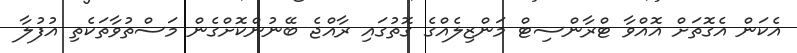
އެކަން އެގޮތަށް އޮއްވާ ޓްރާންސިޓް މަންޒިލެއްގެ ގޮތުގައި ރާއްޖެ ބޭނުންކޮށްގެން މަސްތުވާތަކެތި އުފުލާ